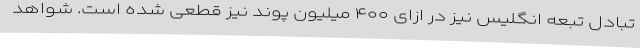
تبادل تبعه انگلیس نیز در ازای ۴۰۰ میلیون پوند نیز قطعی شده است. شواهد